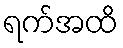
ရက်အထိ